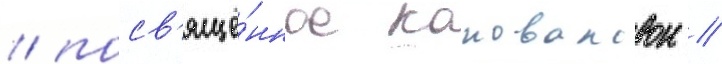
/ посв'ящё́нное коноваловои //